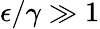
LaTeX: \epsilon/\gamma\gg 1